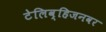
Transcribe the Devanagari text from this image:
टेलिव्हिजनवर